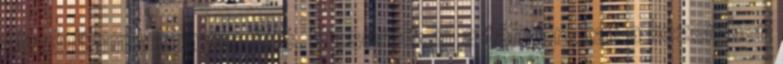
elindultam a konyha felé. Kicseréltem a tányérokat a kezemben